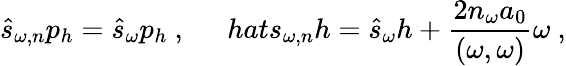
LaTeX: \hat{s}_{\omega,n}p_{h}=\hat{s}_{\omega}p_{h}\ ,\ \ \ \ \ \, hat{s}_{\omega,n}h=\hat{s}_{\omega}h+\frac{2n_{\omega}a_{0}}{(\omega,\omega)}\omega\ ,